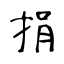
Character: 捐